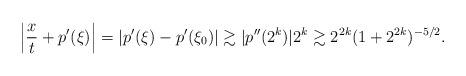
LaTeX: \begin{align*}\Big|\frac{x}t+p'(\xi)\Big|=|p'(\xi)-p'(\xi_0)|\gtrsim |p''(2^k)|2^k\gtrsim 2^{2k}(1+2^{2k})^{-5/2}.\end{align*}